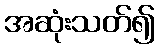
အဆုံးသတ်၍